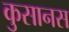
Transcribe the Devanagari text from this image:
कुसानस